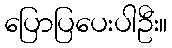
ပြောပြပေးပါဦး။